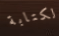
لكتابة